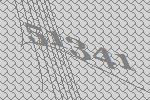
51341